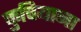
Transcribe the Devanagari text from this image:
कुचियाना